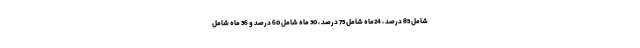
شامل 85 درصد ، 24ماه شامل 75 درصد ، 30 ماه شامل 60 درصد و 36 ماه شامل